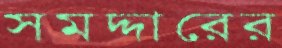
সমদ্দারের